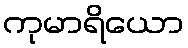
ကုမာရိယော